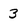
Character: 3